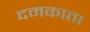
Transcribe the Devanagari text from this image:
दमकाता